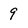
Character: 9